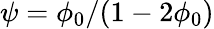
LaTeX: \psi=\phi_{0}/(1-2\phi_{0})